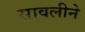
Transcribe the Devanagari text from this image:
सावलीने